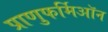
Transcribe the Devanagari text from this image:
प्राणुफर्मिऑन